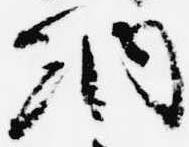
納